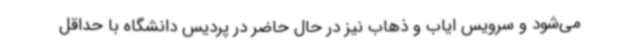
می‌شود و سرویس ایاب و ذهاب نیز در حال حاضر در پردیس دانشگاه با حداقل